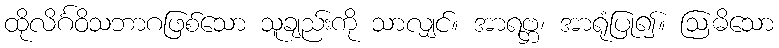
ထိုလိင်္ဂဝိသဘာဂဖြစ်သော သူချည်းကို သာလျှင်။ အာရဗ္ဘ၊ အာရုံပြု၍။ ဩဓိသော